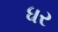
ધર